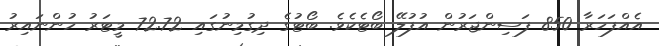
އެއްފަހަރާ 850 ފަސިންޖަރުން އުފުލޭ ބޯޓެކެވެ. ބޯޓުގެ ދިގުމިނުގައި 72.72 މީޓަރު ހުންނައިރު